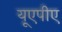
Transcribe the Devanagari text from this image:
यूएपीए